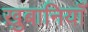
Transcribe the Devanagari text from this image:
ख़ुबानियाँ